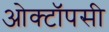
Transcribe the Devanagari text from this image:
ओक्टॉपसी